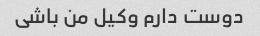
دوست دارم وکیل من باشی